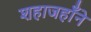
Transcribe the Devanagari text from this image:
शहाजहाँने